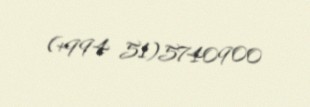
(+994 51)5740900